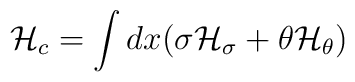
{\cal H}_c = \int dx (\sigma {\cal H}_{\sigma} + \theta {\cal H}_{\theta})